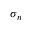
\sigma _ { n }